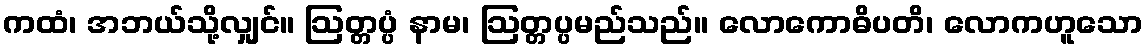
ကထံ၊ အဘယ်သို့လျှင်။ ဩတ္တပ္ပံ နာမ၊ ဩတ္တပ္ပမည်သည်။ လောကောဓိပတိ၊ လောကဟူသော